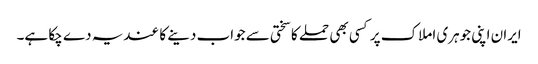
ایران اپنی جوہری املاک پر کسی بھی حملے کا سختی سے جواب دینے کا عندیہ دے چکا ہے۔